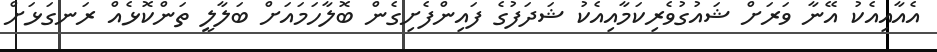
އެއާއިއެކު އޭނާ ވަރަށް ޝައުގުވެރިކަމާއިއެކު ޝަދަފުގެ ފައިންފެށިގެން ބޮލާހަމައަށް ބަލާލީ ތަންކޮޅެއް ރަނގަޅަށް